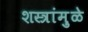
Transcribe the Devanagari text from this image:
शस्त्रांमु़ळे